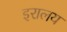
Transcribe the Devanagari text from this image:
इरालय